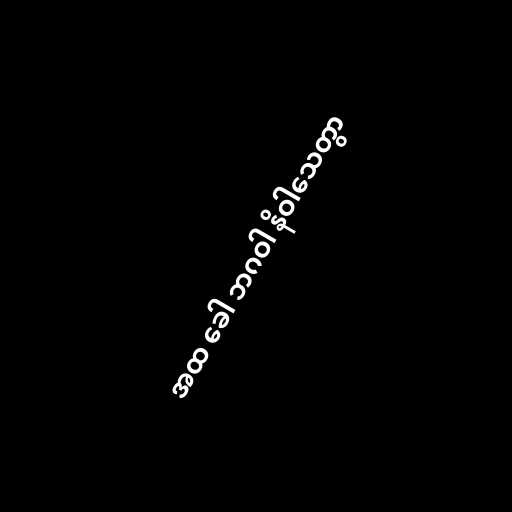
အထ ခေါ ဘဂဝါ နိဝါသေတွာ